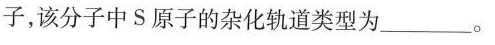
子，该分子中S原子的杂化轨道类型为_____。